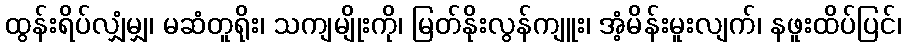
ထွန်းရိပ်လျှံမျှ၊ မဆံတူရိုး၊ သကျမျိုးကို၊ မြတ်နိုးလွန်ကျူး၊ အံ့မိန်းမူးလျက်၊ နဖူးထိပ်ပြင်၊